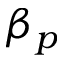
\beta _ { p }